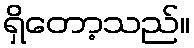
ရှိတော့သည်။